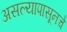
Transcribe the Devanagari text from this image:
असल्यापासूनचे